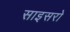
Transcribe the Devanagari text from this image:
साइसरो